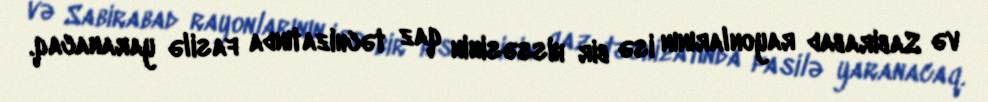
və Sabirabad rayonlarının isə bir hissəsinin qaz təchizatında fasilə yaranacaq.